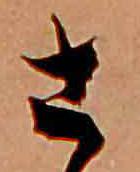
さ